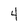
Character: 4